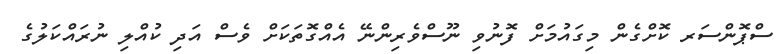
ސްޕޮންސަރ ކޮށްގެން މިގައުމަށް ފޮނުވި ނޫސްވެރިންނޭ އެއްގޮތަކަށް ވެސް އަދި ކުއްލި ނުރައްކަލުގެ